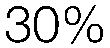
30%